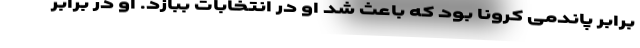
برابر پاندمی کرونا بود که باعث شد او در انتخابات ببازد. او در برابر